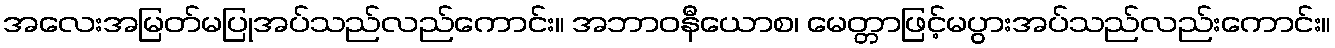
အလေးအမြတ်မပြုအပ်သည်လည်ကောင်း။ အဘာဝနီယောစ၊ မေတ္တာဖြင့်မပွားအပ်သည်လည်းကောင်း။